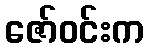
ဇော်ဝင်းက